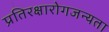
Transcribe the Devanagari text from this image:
प्रतिरक्षारोगजन्यता